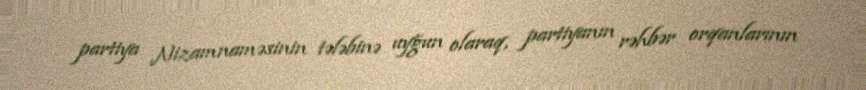
partiya Nizamnaməsinin tələbinə uyğun olaraq, partiyanın rəhbər orqanlarının